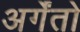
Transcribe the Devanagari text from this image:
अर्गेंतो